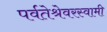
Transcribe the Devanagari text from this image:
पर्वतेश्रेवरस्वामी